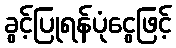
ခွင့်ပြုရန်ပုံငွေဖြင့်